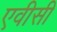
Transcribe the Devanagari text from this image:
एवीसी